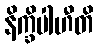
နိက္ခိပါဟီတိ